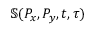
\mathbb { S } ( P _ { x } , P _ { y } , t , \tau )